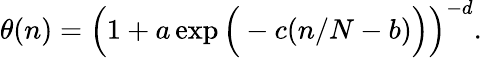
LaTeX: \theta(n)=\Big(1+a\exp\Big(-c(n/N-b)\Big)\Big)^{-d}.